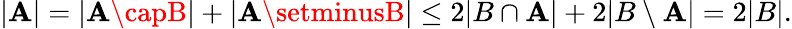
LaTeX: |\mathbf{A}|=|\mathbf{A}\capB|+|\mathbf{A}\setminusB|\leq2|B\cap\mathbf{A}|+2|B\setminus\mathbf{A}|=2|B|.